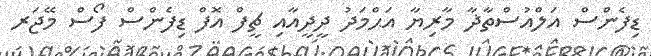
ޑިފެންސް އަލްއުސްތާޛާ މާރިޔާ އަޙްމަދު ދީދީއާއި ޗީފް އޮފް ޑިފެންސް ފޯސް މޭޖަރ